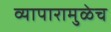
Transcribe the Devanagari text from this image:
व्यापारामुळेच